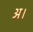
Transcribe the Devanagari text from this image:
अ।